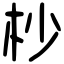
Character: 杪